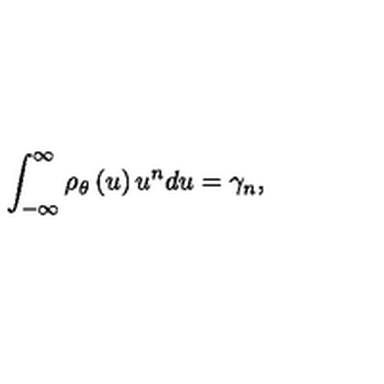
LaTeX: \int _ { - \infty } ^ { \infty } \rho _ { \theta } \left( u \right) u ^ { n } d u = \gamma _ { n } ,